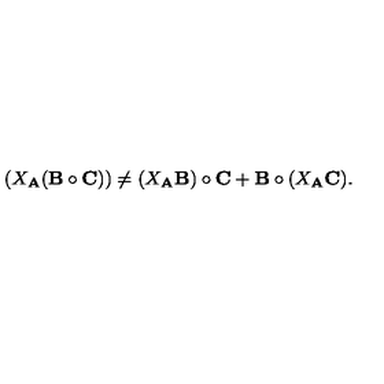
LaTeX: ( X _ { \bf A } ( { \bf B } \circ { \bf C } ) ) \neq ( X _ { \bf A } { \bf B } ) \circ { \bf C } + { \bf B } \circ ( X _ { \bf A } { \bf C } ) .